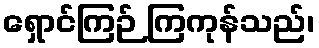
ရှောင်ကြဉ် ကြကုန်သည်၊